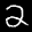
Label: 2